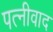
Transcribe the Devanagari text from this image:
पत्नीवाद